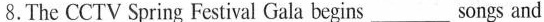
8.The CCTV Spring Festival Gala begins ___ songs and